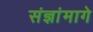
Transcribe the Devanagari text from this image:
संज्ञांमागे